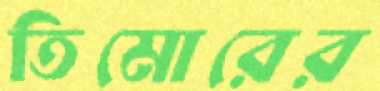
তিমোরের